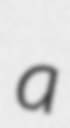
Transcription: a